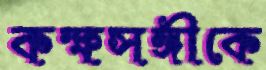
কক্ষসঙ্গীকে